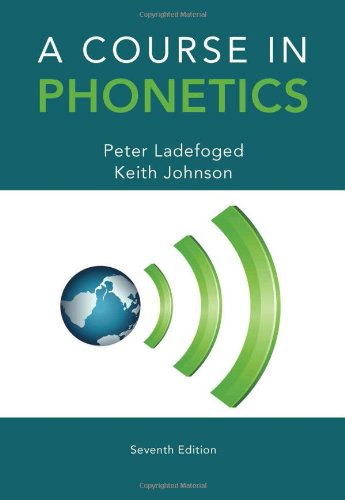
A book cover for A Course in Phonetics; Peter Ladefoged; Politics & Social Sciences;